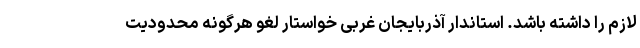
لازم را داشته باشد. استاندار آذربایجان غربی خواستار لغو هرگونه محدودیت